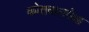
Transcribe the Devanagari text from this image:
कोतवालपेक्षा